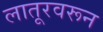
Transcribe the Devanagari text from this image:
लातूरवरून